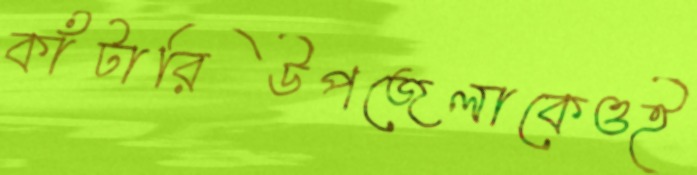
কাঁটারিউপজেলাকেওই